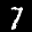
Label: 7